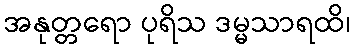
အနုတ္တရော ပုရိသ ဒမ္မသာရထိ၊